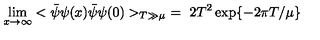
\lim _ { x \rightarrow \infty } < \bar { \psi } \psi ( x ) \bar { \psi } \psi ( 0 ) > _ { T \gg \mu } \ = \ 2 T ^ { 2 } \exp \{ - 2 \pi T / \mu \}